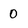
Character: 0